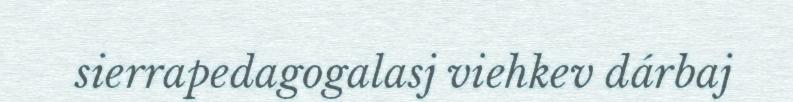
sierrapedagogalasj viehkev dárbaj